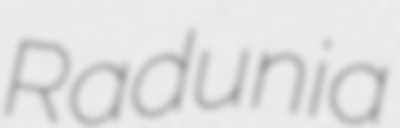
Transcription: Radunia